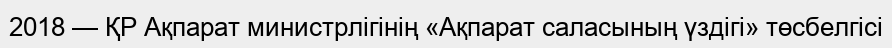
2018 — ҚР Ақпарат министрлігінің «Ақпарат саласының үздігі» төсбелгісі